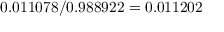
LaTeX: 0 . 0 1 1 0 7 8 / 0 . 9 8 8 9 2 2 = 0 . 0 1 1 2 0 2